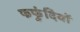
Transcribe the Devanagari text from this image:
फफुंदियों